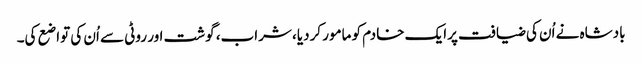
بادشاہ نے اُن کی ضیافت پرایک خادم کو مامور کردیا، شراب، گوشت اور روٹی سے اُن کی تواضع کی۔